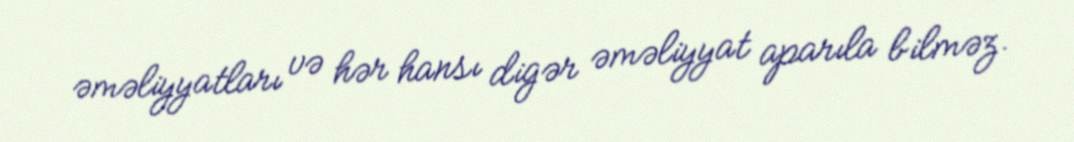
əməliyyatları və hər hansı digər əməliyyat aparıla bilməz.